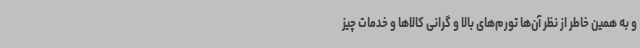
و به همین خاطر از نظر آن‌ها تورم‌های بالا و گرانی کالاها و خدمات چیز